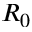
R _ { 0 }